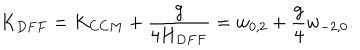
K _ { D F F } = K _ { C C M } + \frac { g } { 4 H _ { D F F } } = w _ { 0 , 2 } + { \frac { g } { 4 } } w _ { - 2 , 0 } .